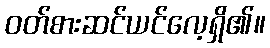
ဝတ်စားဆင်ယင်လေ့ရှိ၏။